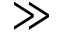
\gg